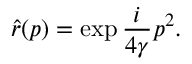
\hat { r } ( p ) = \exp { \frac { i } { 4 \gamma } p ^ { 2 } } .